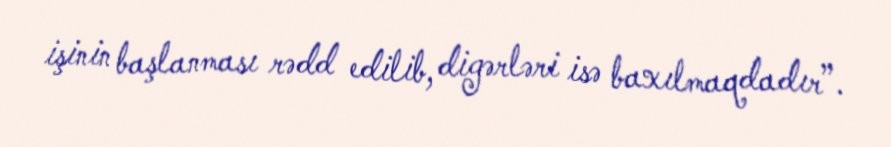
işinin başlanması rədd edilib, digərləri isə baxılmaqdadır”.